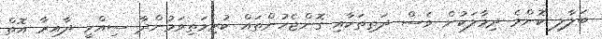
ބަލާލި ކޮންމެ ދިމާލަކުން ވެސް ދަތިތަކާއި ގޮންޖެހުންތައް ކުރިމަތިވަމުންދާ ސިއްހީ ދާއިރާ އޮތް